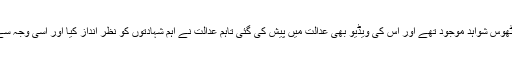
درخواست گزاروں کی جانب سے عدالت سے استدعا کی گئی کہ بری کئے گئے ملزمان کے خلاف ٹھوس شواہد موجود تھے اور اس کی ویڈیو بھی عدالت میں پیش کی گئی تاہم عدالت نے اہم شہادتوں کو نظر انداز کیا اور اسی وجہ سے کیس کے ان 26 ملزمان کو بری کردیا گیا حالانکہ مشال خان کو انتہائی بیدردی سے قتل کیا گیا ۔